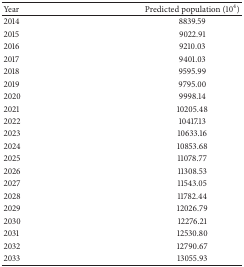
<table><thead><tr><td><b>Year</b></td><td><b>Predicted population (10<sup>4</sup>)</b></td></tr></thead><tbody><tr><td>2014</td><td>8839.59</td></tr><tr><td>2015</td><td>9022.91</td></tr><tr><td>2016</td><td>9210.03</td></tr><tr><td>2017</td><td>9401.03</td></tr><tr><td>2018</td><td>9595.99</td></tr><tr><td>2019</td><td>9795.00</td></tr><tr><td>2020</td><td>9998.14</td></tr><tr><td>2021</td><td>10205.48</td></tr><tr><td>2022</td><td>10417.13</td></tr><tr><td>2023</td><td>10633.16</td></tr><tr><td>2024</td><td>10853.68</td></tr><tr><td>2025</td><td>11078.77</td></tr><tr><td>2026</td><td>11308.53</td></tr><tr><td>2027</td><td>11543.05</td></tr><tr><td>2028</td><td>11782.44</td></tr><tr><td>2029</td><td>12026.79</td></tr><tr><td>2030</td><td>12276.21</td></tr><tr><td>2031</td><td>12530.80</td></tr><tr><td>2032</td><td>12790.67</td></tr><tr><td>2033</td><td>13055.93</td></tr></tbody></table>